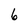
Character: 6